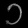
Digit: ၁